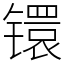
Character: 镮